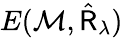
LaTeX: E(\mathcal{M},\hat{\sf R}_{\lambda})